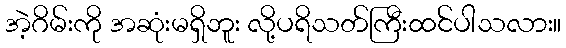
အဲ့ဂိမ်းကို အဆုံးမရှိဘူး လို့ပရိသတ်ကြီးထင်ပါသလား။